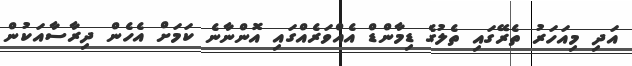
އަދި މިއަހަރު ތެރޭގައި ތެލުގެ ޑިމާންޑް އެއްވަރެއްގައި އޮންނާނެ ކަމަށް އެހެން ދިރާސާއަކުން